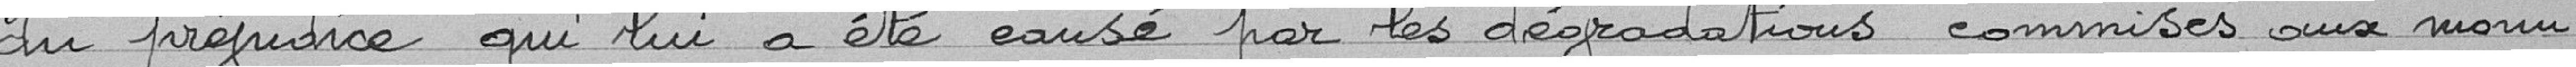
du préjudice qui lui a été causé par les dégradations commises aux monu-